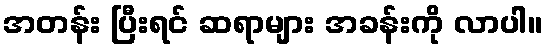
အတန်း ပြီးရင် ဆရာများ အခန်းကို လာပါ။